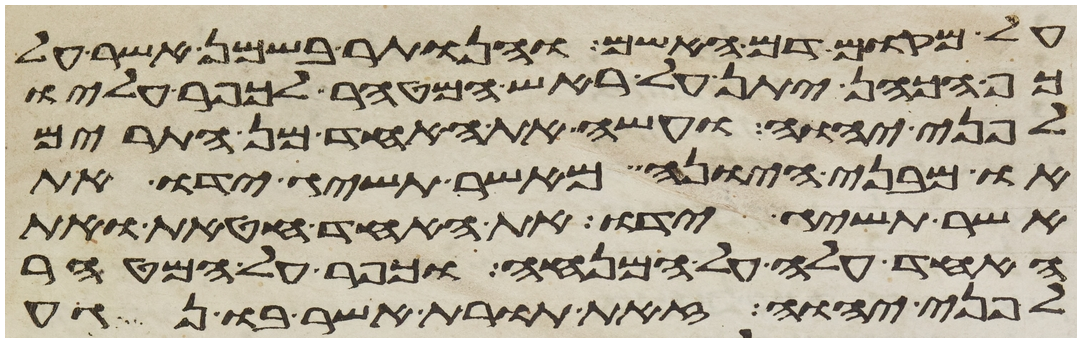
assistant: על מקום דם האשם והנותר בשמן אשר על
כף הכהן יתן על ראש המטהר לכפר עליו
לפני יהוה ועשה את האחד מן התרים
או מבני היונה מאשר תשיג ידו את
אשר תשיג ידו את האחד חטאת ואת
האחד עלה על המנחה וכפר על המטהר
לפני יהוה זאת תורת אשר בו נגע